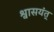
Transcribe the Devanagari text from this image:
श्वासयंत्